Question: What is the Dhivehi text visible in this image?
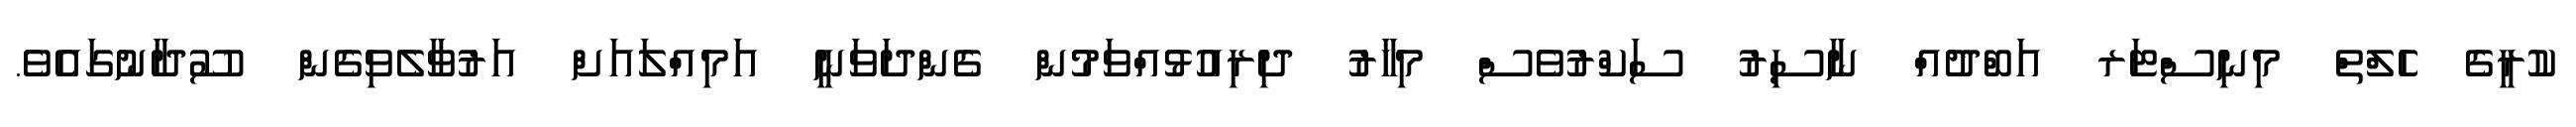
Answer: ކުރީގެ ހެލްތް މިނިސްޓަރ އަބްދުއް ނާސިރު ސަކްރުވެސް މިހާރު ދިރިއުޅުއްވަމުން ގެންދަވަނީ އަމިއްލައަށް އަރުވާލެވިގެން ސޫދާނުގައެވެ.